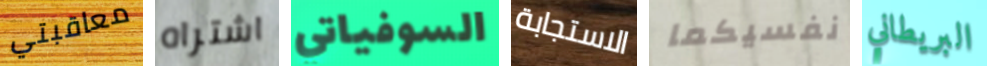
معاقبتي اشتراه السوفياتي الاستجابة نفسيكما البريطاني